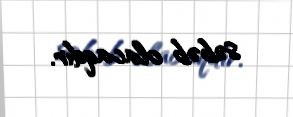
səbəb olacaqdır.